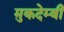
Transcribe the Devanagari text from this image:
मुकदेम्बी